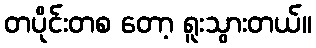
တပိုင်းတစ တော့ ရူးသွားတယ်။